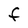
Character: F